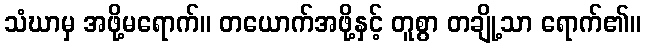
သံဃာမှ အဖို့မရောက်။ တယောက်အဖို့နှင့် တူစွာ တချို့သာ ရောက်၏။